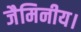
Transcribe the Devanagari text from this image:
जैमिनीय।